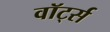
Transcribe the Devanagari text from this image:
वॉर्ट्स